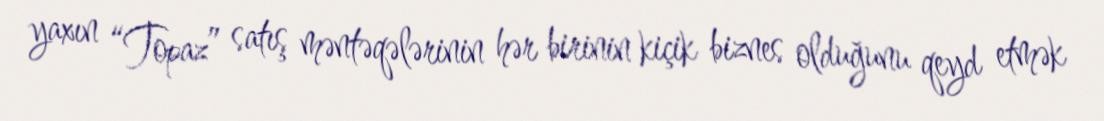
yaxın “Topaz” satış məntəqələrinin hər birinin kiçik biznes olduğunu qeyd etmək